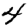
Digit: 4